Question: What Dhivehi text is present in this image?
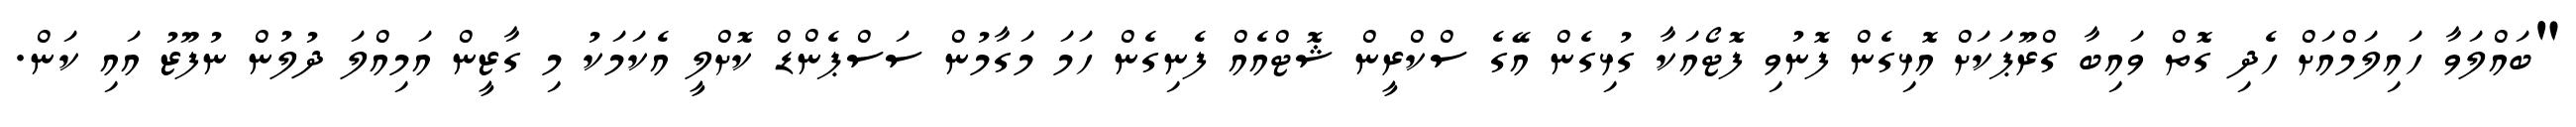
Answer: "ބައްލަވާ ހައިލަމްއަށް ހެދި ގޮތް ވައިބާ ގްރޫޕަކަށް އޮޅިގެން ފޮނުވި ފޮޓޯއަކާ ގުޅިގެން އޭގެ ސްކްރީން ޝޮޓްއެއް ފެނިގެން ހަމަ މަގާމުން ސަސްޕެންޑް ކޮށްލީ އެކަމަކު މި ގާޒީން އަމިއްލަ ދުލުން ނުފޫޒު އައި ކަން.